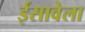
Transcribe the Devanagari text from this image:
ईसावेला